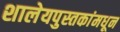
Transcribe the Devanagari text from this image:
शालेयपुस्तकांमधून